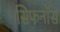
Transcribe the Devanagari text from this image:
सिफनॉस